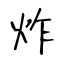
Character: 炸